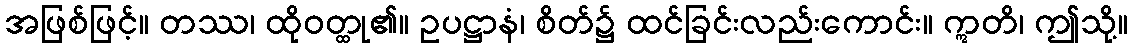
အဖြစ်ဖြင့်။ တဿ၊ ထိုဝတ္ထု၏။ ဥပဋ္ဌာနံ၊ စိတ်၌ ထင်ခြင်းလည်းကောင်း။ ဣတိ၊ ဤသို့။